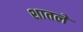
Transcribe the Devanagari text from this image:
शातले